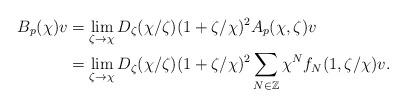
LaTeX: \begin{align*}B_{p}(\chi)v&=\lim_{\zeta\to\chi} D_{\zeta}(\chi/\zeta)(1+\zeta/\chi)^{2}A_{p}(\chi,\zeta)v\\&=\lim_{\zeta\to\chi}D_{\zeta}(\chi/\zeta)(1+\zeta/\chi)^2 \sum_{N\in\mathbb{Z}}\chi^{N}f_{N}(1,\zeta/\chi)v.\end{align*}